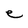
Character: e